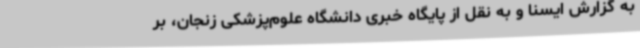
به گزارش ایسنا و به نقل از پایگاه خبری دانشگاه علوم‌پزشکی زنجان، بر